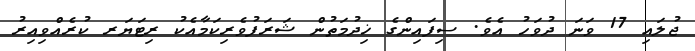
ޖުލައި 17 ވަނަ ދުވަހު އެވެ. ސިފައިންގެ ޚިދުމަތުން ޝަރަފުވެރިކަމާއެކު ރިޓަޔަރ ކުރެއްވިއިރު